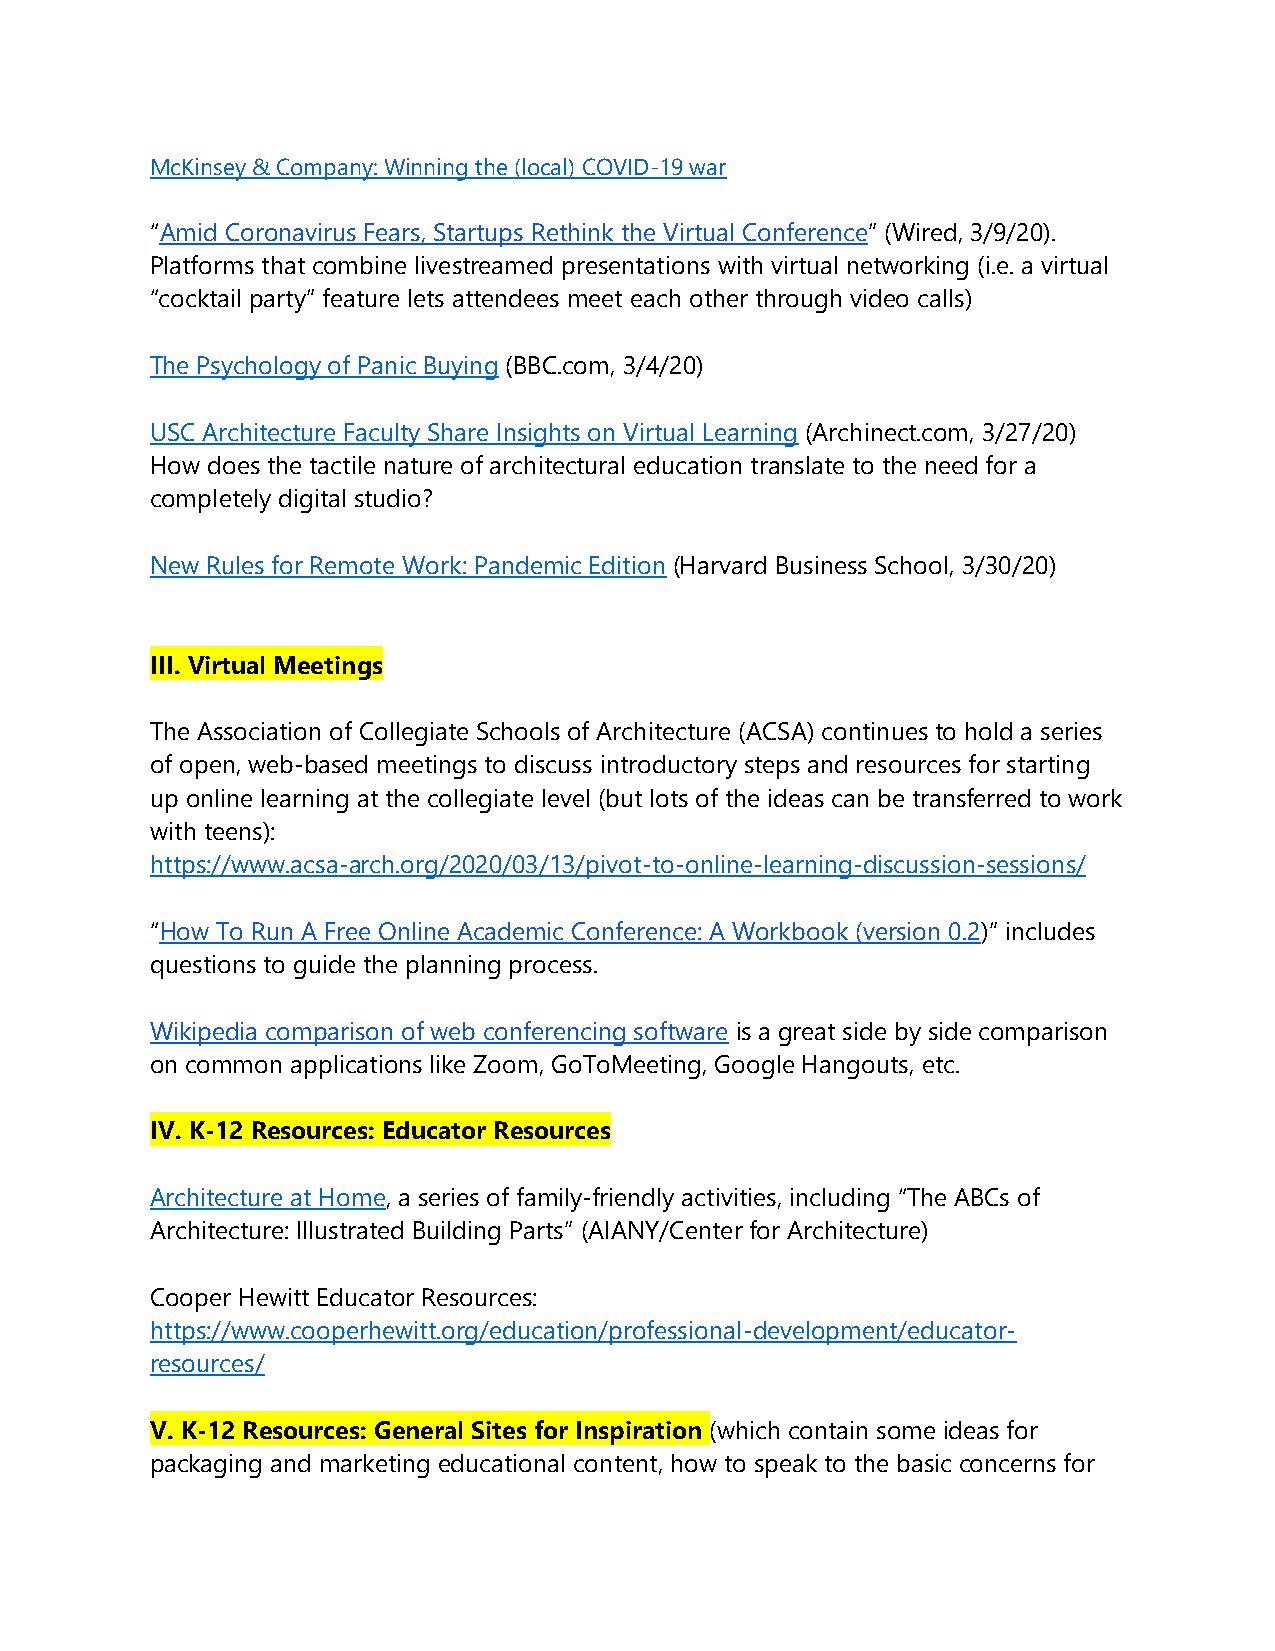
McKinsey & Company: Winning the (local) COVID-19 war
 “Amid Coronavirus Fears, Startups Rethink the Virtual Conference” (Wired, 3/9/20).
 Platforms that combine livestreamed presentations with virtual networking (i.e. a virtual
 “cocktail party” feature lets attendees meet each other through video calls)
 The Psychology of Panic Buying (BBC.com, 3/4/20)
 USC Architecture Faculty Share Insights on Virtual Learning (Archinect.com, 3/27/20)
 How does the tactile nature of architectural education translate to the need for a
 completely digital studio?
 New Rules for Remote Work: Pandemic Edition (Harvard Business School, 3/30/20)
 III. Virtual Meetings
 The Association of Collegiate Schools of Architecture (ACSA) continues to hold a series
 of open, web-based meetings to discuss introductory steps and resources for starting
 up online learning at the collegiate level (but lots of the ideas can be transferred to work
 with teens):
 https://www.acsa-arch.org/2020/03/13/pivot-to-online-learning-discussion-sessions/
 “How To Run A Free Online Academic Conference: A Workbook (version 0.2)” includes
 questions to guide the planning process.
 Wikipedia comparison of web conferencing software is a great side by side comparison
 on common applications like Zoom, GoToMeeting, Google Hangouts, etc.
 IV. K-12 Resources: Educator Resources
 Architecture at Home, a series of family-friendly activities, including “The ABCs of
 Architecture: Illustrated Building Parts” (AIANY/Center for Architecture)
 Cooper Hewitt Educator Resources:
 https://www.cooperhewitt.org/education/professional-development/educator-
 resources/
 V. K-12 Resources: General Sites for Inspiration (which contain some ideas for
 packaging and marketing educational content, how to speak to the basic concerns for